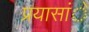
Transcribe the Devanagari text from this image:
प्रयासांे